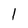
Character: l